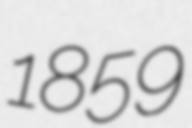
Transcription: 1859